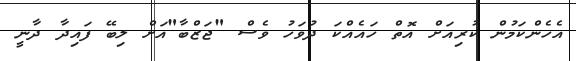
އެހެންކަމުން ކުރިއަށް އޮތް ހައެއްކަ ދުވަހު ވެސް "ޖަޒްބާ"އަށް ލިބޭ ފައިދާ ދާނީ